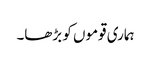
ہماری قوموں کو بڑھا۔